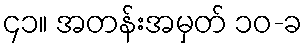
၄၁။ အတန်းအမှတ် ၁၀-ခ